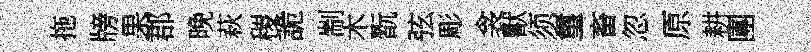
拖牓果郡晚萩稷詭剬木翫弦彫衾獸须璽畜忽原耕團